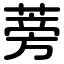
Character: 蒡